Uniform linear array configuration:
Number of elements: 24
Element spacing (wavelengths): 1
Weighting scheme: binomial
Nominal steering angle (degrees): -45
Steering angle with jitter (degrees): -45.544
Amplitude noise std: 0.05
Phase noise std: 0.05

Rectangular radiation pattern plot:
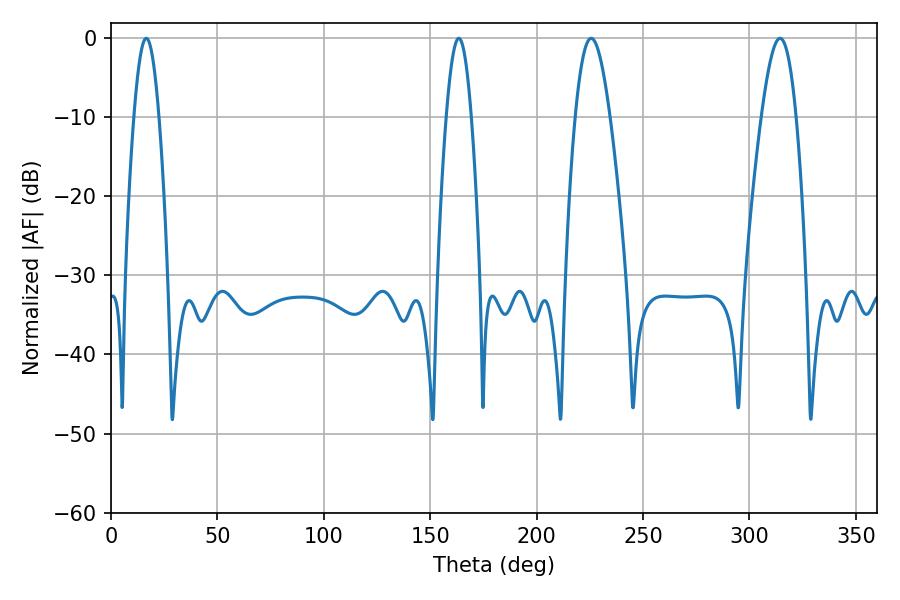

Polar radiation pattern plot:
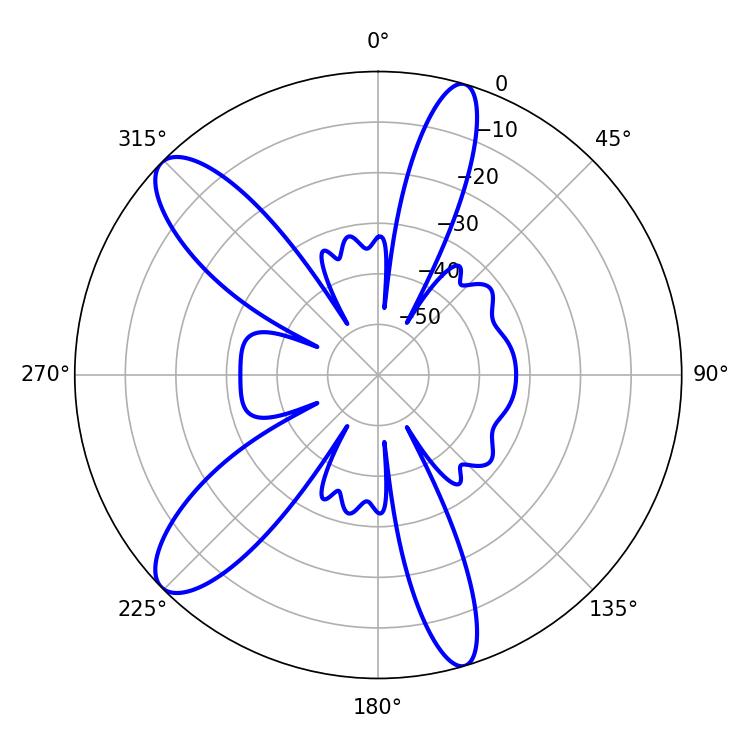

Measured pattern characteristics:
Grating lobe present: TRUE
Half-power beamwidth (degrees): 6.3
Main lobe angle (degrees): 16.56